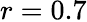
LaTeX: r=0.7